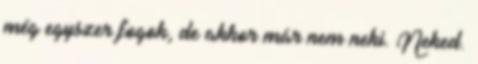
még egyszer fogok, de akkor már nem neki. Neked.